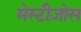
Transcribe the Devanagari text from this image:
मेस्टीज़ोस